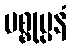
ပစ္စုပ္ပနံ